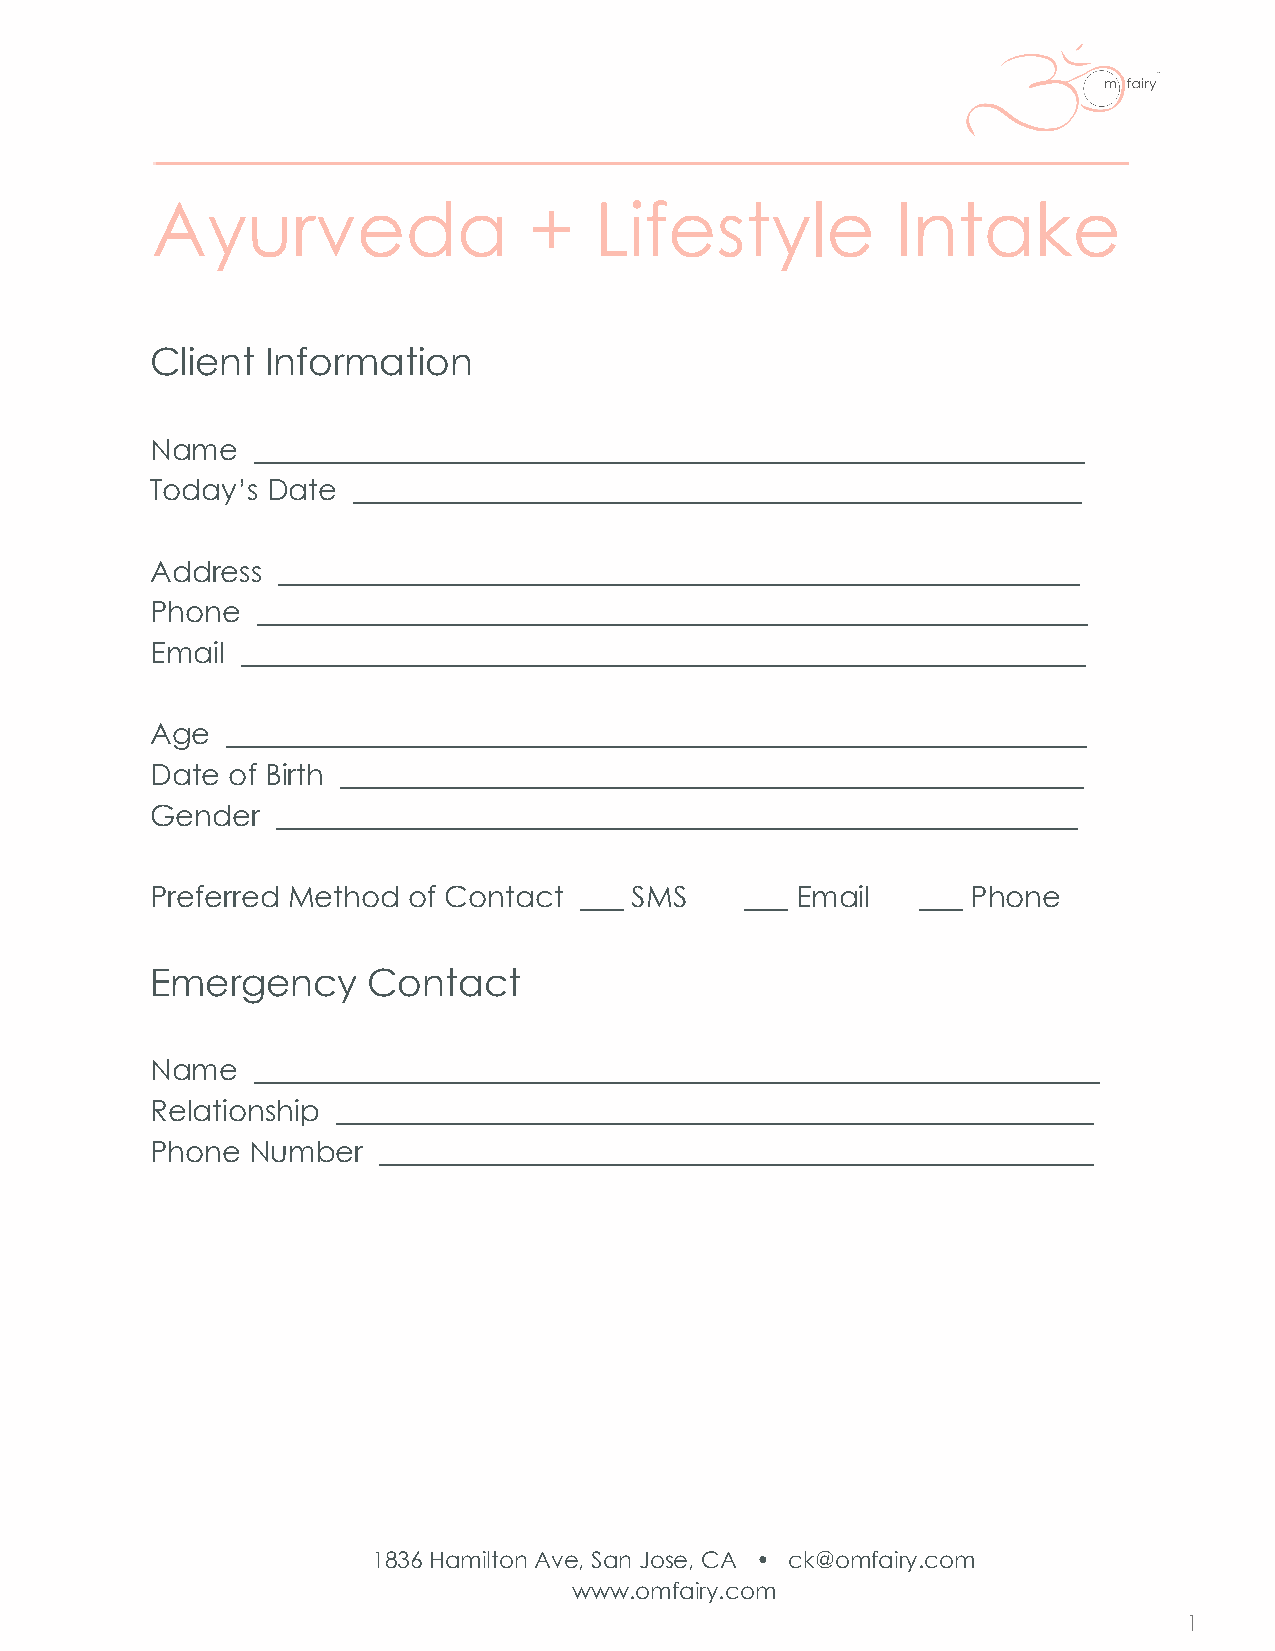
Ayurveda                 +   Lifestyle           Intake
 Client  Information
 Name   _________________________________________________________
 Today’s Date __________________________________________________
 Address _______________________________________________________
 Phone  _________________________________________________________
 Email __________________________________________________________
 Age  ___________________________________________________________
 Date of Birth ___________________________________________________
 Gender  _______________________________________________________
 Preferred Method of Contact ___ SMS    ___ Email   ___ Phone
 Emergency     Contact
 Name   __________________________________________________________
 Relationship ____________________________________________________
 Phone Number   _________________________________________________
 1836 Hamilton Ave, San Jose, CA • ck@omfairy.com
 www.omfairy.com
 1